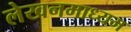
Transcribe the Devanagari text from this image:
लेखनमाध्यम